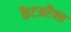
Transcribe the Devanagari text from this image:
कैटअरैक्स